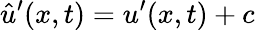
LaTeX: \hat{u}^{\prime}(x,t)=u^{\prime}(x,t)+c